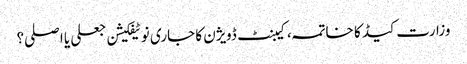
وزارت کیڈ کا خاتمہ، کیبنٹ ڈویژن کا جاری نوٹیفکیشن جعلی یا اصلی؟